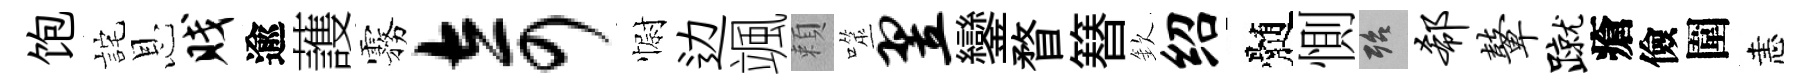
饱詫恩贱逾䕶霧奇𢠢边颯頼噬翌鑾瞀簮欽绍髄惻殆欷鼙蹴瘡儉圍恚